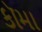
કૉમા